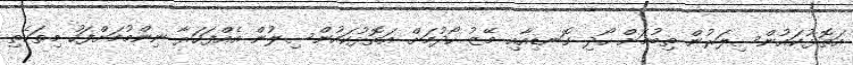
އަތޮޅުކައުންސިލަރުން ތިބުމަށް ހޯދި ގޮނޑިއާއި މޭޒު ހޯދުމަށް އަތޮޅުކައުންސިލުން އެއްފަހަރާ ނިންމުމަށްފަހު މިތަކެތި